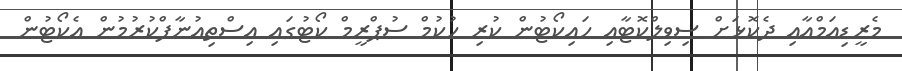
މެރީޑިއަމްއާއި ދެކޮޅަށް ސިވިލްކޮޓާއި ހައިކޯޓުން ކުރި ހުކުމް ސުޕްރީމް ކޯޓުގައި އިސްތިއުނާފްކުރުމުން އެކޯޓުން